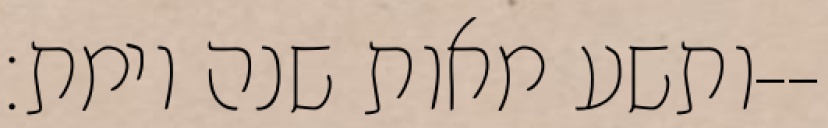
ותשע מאות שנה וימת׃--